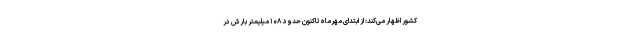
کشور اظهار می‌کند: از ابتدای مهرماه تاکنون حدود ۱۰۸ میلیمتر بارش در